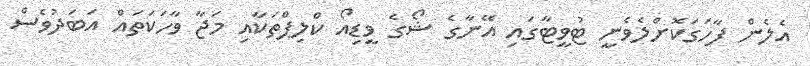
އެލެން ފާހަގަކޮށްލެވެނީ ޓުވީޓާގައި އޭނާގެ ޝޯގެ ވީޑިއޯ ކްލިޕްތަކާއި މަޖާ ވާހަކަތައް އަބަދުވެސް